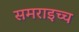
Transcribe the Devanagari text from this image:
समराइच्च